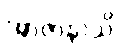
အာဇာနာသိ